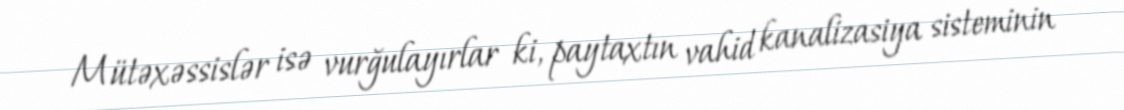
Mütəxəssislər isə vurğulayırlar ki, paytaxtın vahid kanalizasiya sisteminin